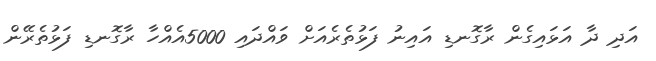
އަދި ދާ އަޅައިގެން ރާގޮނޑި އައިނު ފަޅުތެރެއަށް ވައްދައި 5000އެއްހާ ރާގޮނޑި ފަޅުތެރޭން